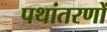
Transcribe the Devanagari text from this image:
पथांतरणों